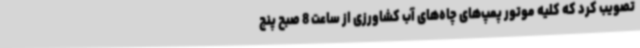
تصویب کرد که کلیه موتور پمپ‌های چاه‌های آب کشاورزی از ساعت 8 صبح پنج